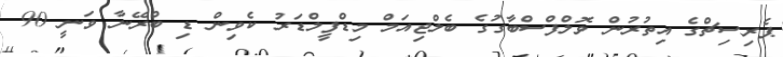
ޕެރިސިޗްގެ އިތުރުން ވޮލްފްސްބާގުގެ ބެލްޖިއަމް މިޑްފީލްޑަރު ކެވިން ޑި ބްރޭނާ ވަނީ 90